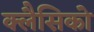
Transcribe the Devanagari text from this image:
क्लैसिको